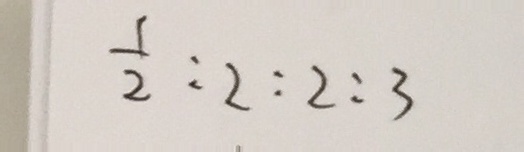
\frac { 1 } { 2 } : 2 : 2 : 3